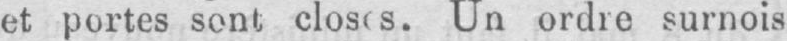
Un ordre surnois